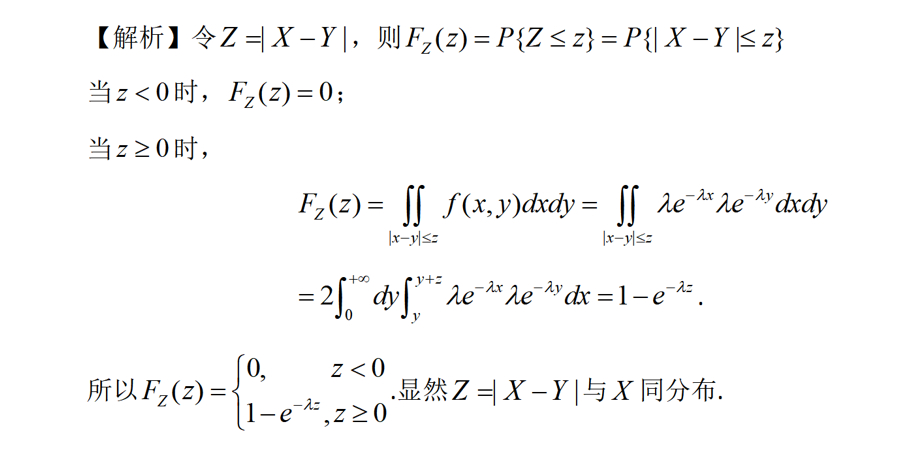
【解析】令\(Z = |X - Y|\)，则\(F_{Z}(z)=P\{Z\leq z\}=P\{|X - Y|\leq z\}\)
当\(z < 0\)时，\(F_{Z}(z)=0\)；
当\(z\geq0\)时，
\[
\begin{align*}
F_{Z}(z)&=\iint_{|x - y|\leq z}f(x,y)dxdy=\iint_{|x - y|\leq z}\lambda e^{-\lambda x}\lambda e^{-\lambda y}dxdy\\
&=2\int_{0}^{+\infty}dy\int_{y}^{y + z}\lambda e^{-\lambda x}\lambda e^{-\lambda y}dx = 1 - e^{-\lambda z}.
\end{align*}
\]
所以\(F_{Z}(z)=\begin{cases}0, & z < 0\\1 - e^{-\lambda z},&z\geq0\end{cases}\).显然\(Z = |X - Y|\)与\(X\)同分布.